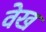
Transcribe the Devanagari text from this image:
वेख